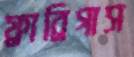
ফ্রাব্রিগাস